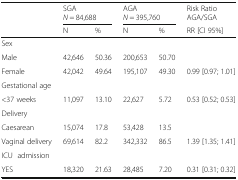
<table><thead><tr><td rowspan="2"></td><td colspan="2"><b>SGA<i>N</i> = 84,688</b></td><td colspan="2"><b>AGA<i>N</i> = 395,760</b></td><td><b>Risk RatioAGA/SGA</b></td></tr><tr><td><b>N</b></td><td><b>%</b></td><td><b>N</b></td><td><b>%</b></td><td><b>RR [CI 95%]</b></td></tr></thead><tbody><tr><td>Sex</td><td></td><td></td><td></td><td></td><td></td></tr><tr><td>Male</td><td>42,646</td><td>50.36</td><td>200,653</td><td>50.70</td><td></td></tr><tr><td>Female</td><td>42,042</td><td>49.64</td><td>195,107</td><td>49.30</td><td>0.99 [0.97; 1.01]</td></tr><tr><td>Gestational age</td><td></td><td></td><td></td><td></td><td></td></tr><tr><td>&lt;37 weeks</td><td>11,097</td><td>13.10</td><td>22,627</td><td>5.72</td><td>0.53 [0.52; 0.53]</td></tr><tr><td>Delivery</td><td></td><td></td><td></td><td></td><td></td></tr><tr><td>Caesarean</td><td>15,074</td><td>17.8</td><td>53,428</td><td>13.5</td><td></td></tr><tr><td>Vaginal delivery</td><td>69,614</td><td>82.2</td><td>342,332</td><td>86.5</td><td>1.39 [1.35; 1.41]</td></tr><tr><td>ICU admission</td><td></td><td></td><td></td><td></td><td></td></tr><tr><td>YES</td><td>18,320</td><td>21.63</td><td>28,485</td><td>7.20</td><td>0.31 [0.31; 0.32]</td></tr></tbody></table>